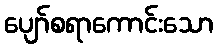
ပျော်စရာကောင်းသော